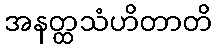
အနတ္ထသံဟိတာတိ